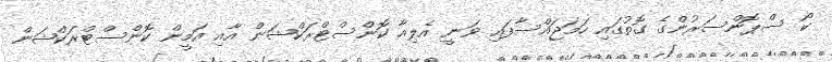
ކޯ ސްޕޮންސަރުންގެ ގޮތުގައި ހަމަޖައްސާފައި ވަނީ އެލިއާ ކޮންސްޓްރަކްޝަން އާއި އަމީން ކޮންސްޓްރަކްޝަން